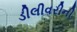
ડીલીવરીની